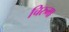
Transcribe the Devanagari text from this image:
चिरुमा